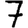
Digit: 7